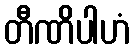
တီဏိပါဟံ